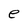
Character: e